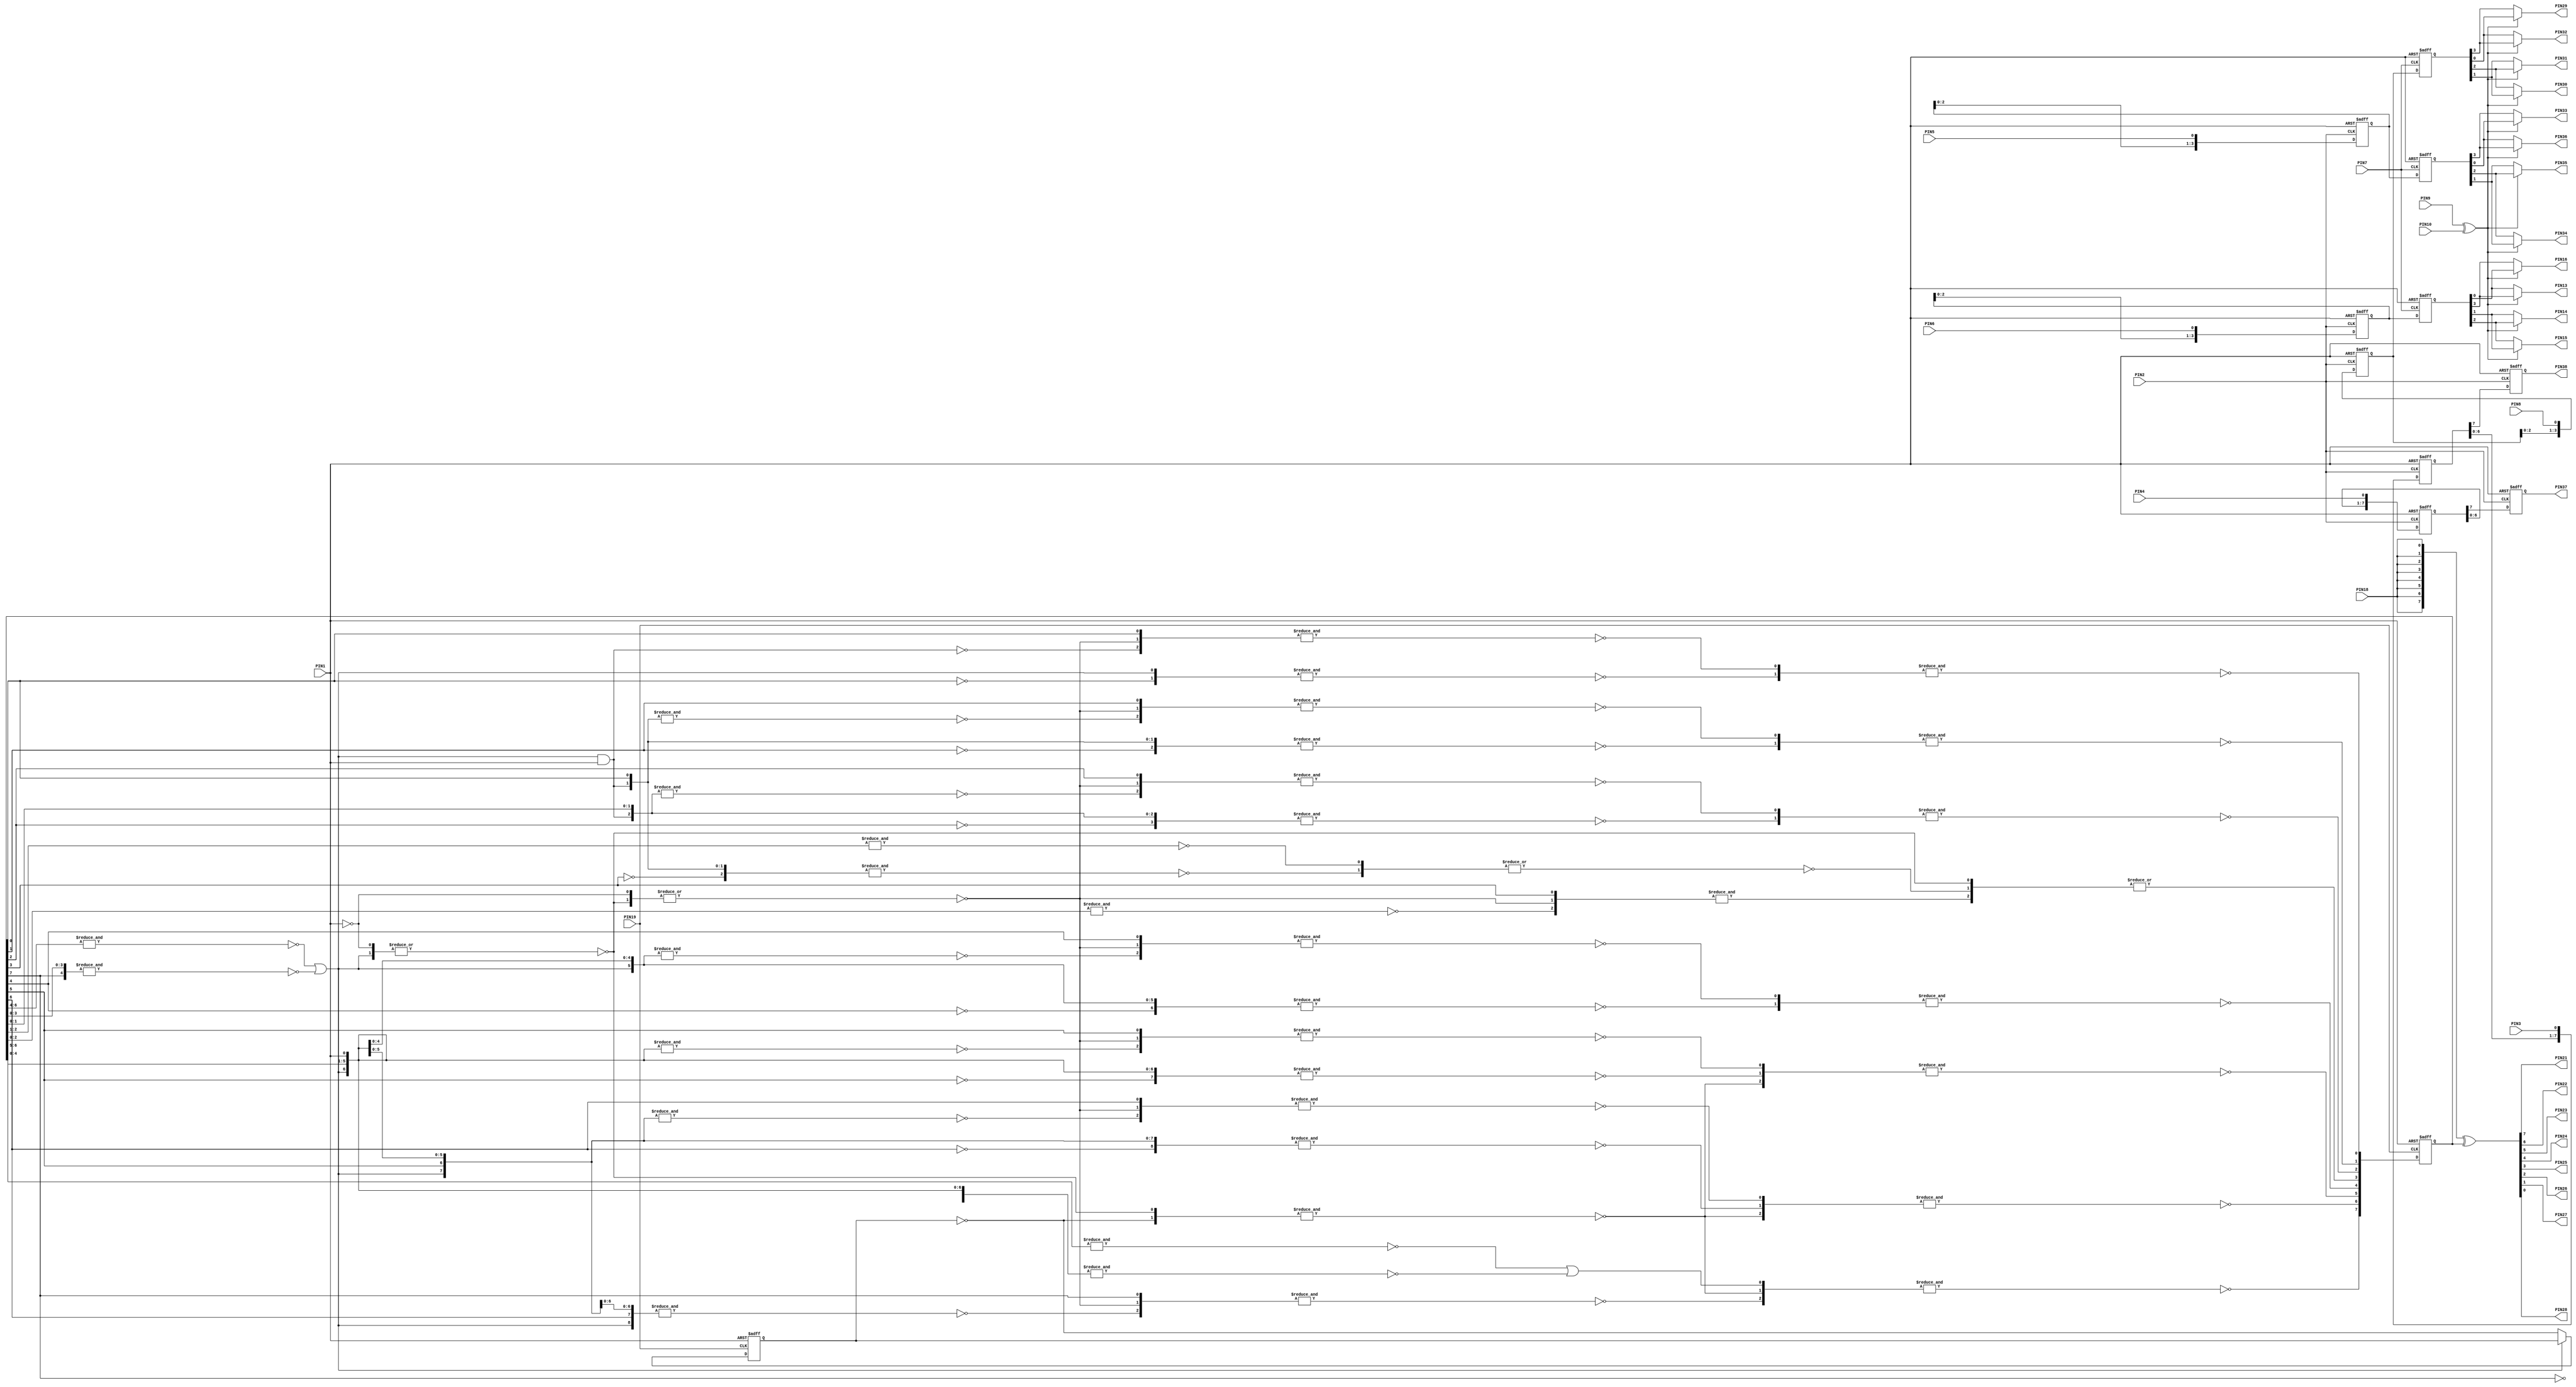
module VSC30(
	input PIN1,	// /RESET

	input PIN2,	// Shift clock
	input PIN3,	// Delay in
	input PIN4,	// Delay in
	input PIN5,	// Shift in
	input PIN6,	// Shift in
	input PIN7,	// Shift grab
	input PIN8,	// Shift in
	input PIN9,	// Shift output reverse
	input PIN10,	// Shift output reverse

	output PIN13, PIN14, PIN15, PIN16,	// Shift out

	input PIN18,	// V count flip
	input PIN19,	// V count clock

	output PIN21, PIN22, PIN23, PIN24, PIN25, PIN26, PIN27, PIN28,	// V count

	output PIN29, PIN30, PIN31, PIN32,	// Shift out
	output PIN33, PIN34, PIN35, PIN36,	// Shift out

	output reg PIN37,	// Delay out
	output reg PIN38	// Delay out
);

wire PIN2_INV = ~PIN2;
wire RES = ~PIN1;

reg [7:0] SR1;
reg [7:0] SR2;

reg [3:0] SR3;
reg [3:0] SR4;
reg [3:0] SR5;
always @(posedge PIN2_INV or posedge RES) begin
	if (RES) begin
    	SR1 <= 8'h00;
    	SR2 <= 8'h00;
    	SR3 <= 4'h0;
    	SR4 <= 4'h0;
    	SR5 <= 4'h0;
	end else begin
		SR1 <= {SR1[6:0], PIN3};
		SR2 <= {SR2[6:0], PIN4};

		SR3 <= {SR3[2:0], PIN8};
		SR4 <= {SR4[2:0], PIN5};
		SR5 <= {SR5[2:0], PIN6};
	end
end

always @(posedge PIN2 or posedge RES) begin
	if (RES) begin
		PIN38 <= 1'b0;
		PIN37 <= 1'b0;
	end else begin
		PIN38 <= SR1[7];
		PIN37 <= SR2[7];
	end
end

reg [3:0] SR3_REG;
reg [3:0] SR4_REG;
reg [3:0] SR5_REG;
always @(posedge PIN7 or posedge RES) begin
	if (RES) begin
		SR3_REG <= 4'h0;
		SR4_REG <= 4'h0;
		SR5_REG <= 4'h0;
	end else begin
		SR3_REG <= SR3;
		SR4_REG <= SR4;
		SR5_REG <= SR5;
	end
end

wire SEL = PIN9 ^ PIN10;

assign PIN29 = SEL ? SR3_REG[0] : SR3_REG[3];
assign PIN30 = SEL ? SR3_REG[1] : SR3_REG[2];
assign PIN31 = SEL ? SR3_REG[2] : SR3_REG[1];
assign PIN32 = SEL ? SR3_REG[3] : SR3_REG[0];

assign PIN13 = SEL ? SR5_REG[3] : SR5_REG[0];
assign PIN14 = SEL ? SR5_REG[2] : SR5_REG[1];
assign PIN15 = SEL ? SR5_REG[1] : SR5_REG[2];
assign PIN16 = SEL ? SR5_REG[0] : SR5_REG[3];

assign PIN33 = SEL ? SR4_REG[0] : SR4_REG[3];
assign PIN34 = SEL ? SR4_REG[1] : SR4_REG[2];
assign PIN35 = SEL ? SR4_REG[2] : SR4_REG[1];
assign PIN36 = SEL ? SR4_REG[3] : SR4_REG[0];

// Counter
// This can be simplified a lot, see notes on schematic sheet.

reg [7:0] CNT_REG;
reg L14;

wire B9 = &{CNT_REG[3:0]};
wire M5 = ~&{CNT_REG[6:4]};
wire M8 = ~&{B9, CNT_REG[7]};
wire M7 = ~|{M5 | M8};
wire D4 = ~M7;
wire B21 = D4 & PIN1;

wire D5 = ~|{D4, RES};
wire D9 = ~|{RES, D5};

wire C28 = ~&{~&{~CNT_REG[0], D4}, ~&{~B21, D9, CNT_REG[0]}};
wire D8 = ~&{~&{CNT_REG[0], B21, ~CNT_REG[1]}, ~&{~&{B21, CNT_REG[0]}, D9, CNT_REG[1]}};
wire B25 = ~&{~&{B21, CNT_REG[1], CNT_REG[0], ~CNT_REG[2]}, ~&{~&{B21, CNT_REG[0], CNT_REG[1]}, D9, CNT_REG[2]}};
wire D13 = |{&{D9, ~&{CNT_REG[2:0]}, CNT_REG[3]}, ~|{~&{~CNT_REG[3], B21, CNT_REG[0]}, ~&{CNT_REG[2:1]}}, D5};

wire M2 = ~&{CNT_REG[6:5]} | ~&{J15, CNT_REG[4], ~CNT_REG[7]};

wire J15 = &{PIN1, D4, B9};

wire L9 = ~|{D4, RES};
wire L12 = ~|{RES, L9};

wire N16 = ~&{~&{~CNT_REG[4], J15}, ~&{~J15, L12, CNT_REG[4]}};
wire R15 = ~&{~&{L9, ~L14}, ~&{~CNT_REG[5], J15, CNT_REG[4]}, ~&{CNT_REG[5], ~&{CNT_REG[4], J15}, L12}};
wire P23 = ~&{~&{~L14, L9}, ~&{CNT_REG[5:4], J15, ~CNT_REG[6]}, ~&{L12, ~&{J15, CNT_REG[5:4]}, CNT_REG[6]}};
wire N7 = ~&{~&{L9, ~L14}, M2, ~&{CNT_REG[7], ~&{J15, CNT_REG[6:4]}, L12}};

wire PIN19_INV = ~PIN19;

always @(posedge PIN19_INV or posedge RES) begin
	if (RES) begin
		CNT_REG <= 8'h08;
		L14 <= 1'b0;
	end else begin
		CNT_REG[0] <= C28;
		CNT_REG[1] <= D8;
		CNT_REG[2] <= B25;
		CNT_REG[3] <= D13;

		CNT_REG[4] <= N16;
		CNT_REG[5] <= R15;
		CNT_REG[6] <= P23;
		CNT_REG[7] <= N7;

		if (M7)
			L14 <= ~L14;
	end
end

assign {PIN21, PIN22, PIN23, PIN24, PIN25, PIN26, PIN27, PIN28} = {8{PIN18}} ^ CNT_REG;

endmodule